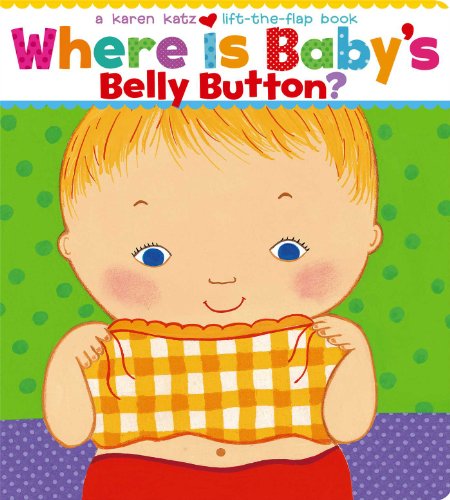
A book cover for Where Is Baby's Belly Button? A Lift-the-Flap Book; Karen Katz; Reference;